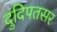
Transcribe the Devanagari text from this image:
दुदिपतसर